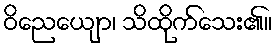
ဝိညေယျော၊ သိထိုက်သေး၏။